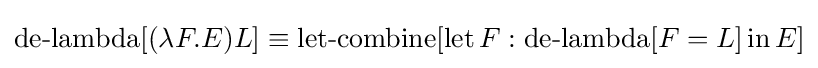
\operatorname {de-lambda} [(\lambda F.E)L]\equiv \operatorname {let-combine} [\operatorname {let} F:\operatorname {de-lambda} [F=L]\operatorname {in} E]